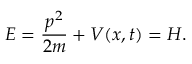
E = { \frac { p ^ { 2 } } { 2 m } } + V ( x , t ) = H .